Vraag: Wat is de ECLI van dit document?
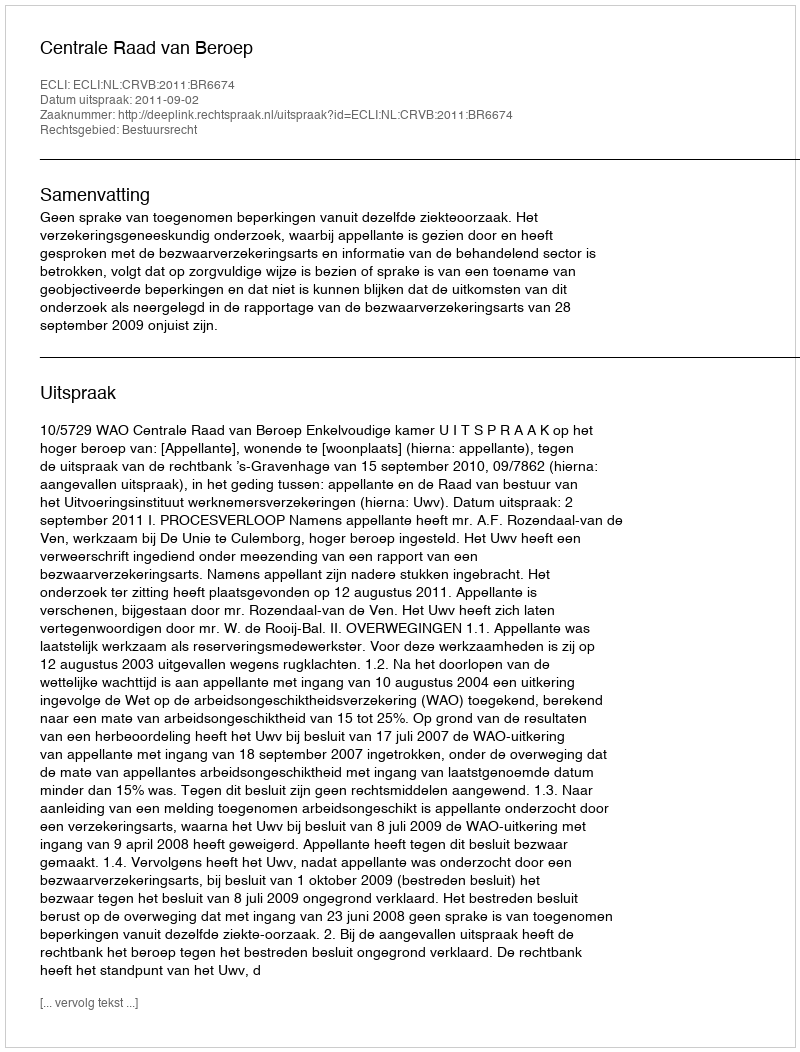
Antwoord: ECLI:NL:CRVB:2011:BR6674